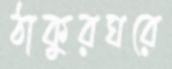
ঠাকুরঘরে